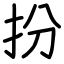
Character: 扮